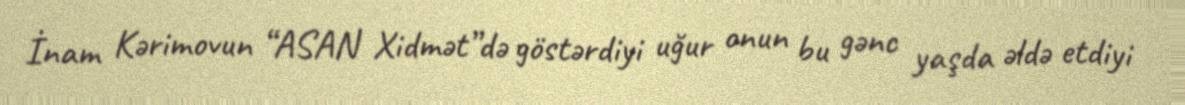
İnam Kərimovun “ASAN Xidmət”də göstərdiyi uğur onun bu gənc yaşda əldə etdiyi